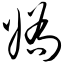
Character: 娇